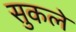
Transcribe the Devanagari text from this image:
सुकले